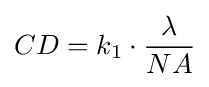
CD=k_{1}\cdot {\frac {\lambda }{NA}}